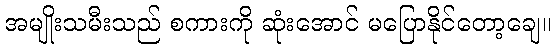
အမျိုးသမီးသည် စကားကို ဆုံးအောင် မပြောနိုင်တော့ချေ။